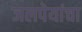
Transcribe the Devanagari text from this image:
जलपेयांचा